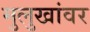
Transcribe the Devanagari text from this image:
मुलुखांवर